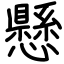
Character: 懸